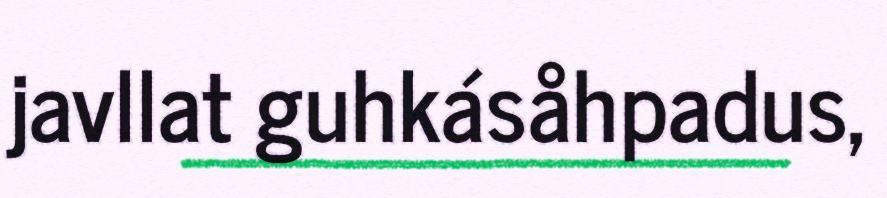
javllat guhkásåhpadus,